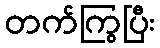
တက်ကြွပြီး